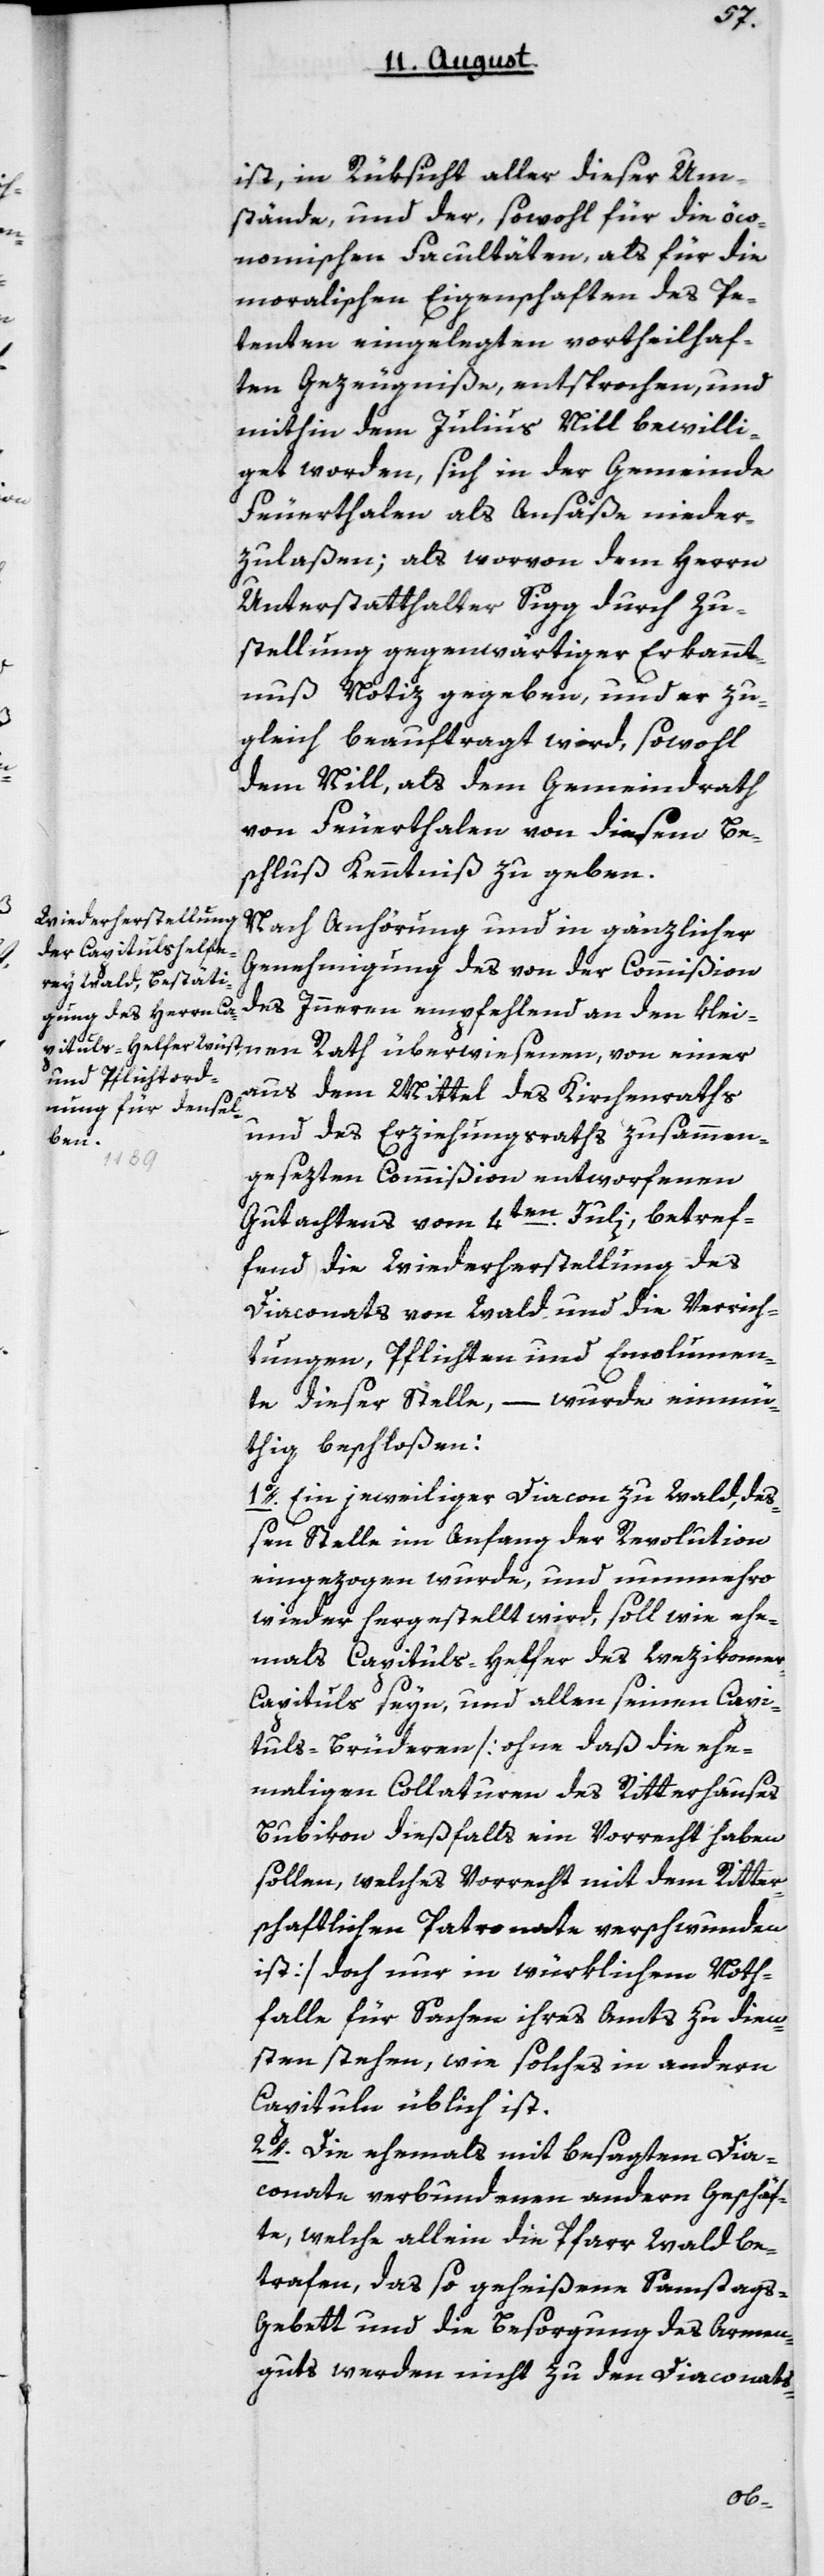
ist in Rüksicht aller dieser Um¬
stände und der, sowohl für die öco¬
nomischen Facultäten, als für die
moralischen Eigenschaften des Pe¬
tenten eingelegten vortheilhaf¬
ten Gezeugniße, entsprechen, und
mithin dem Julius Nill bewilli¬
get worden, sich in der Gemeinde
Feuerthalen als Ansäße nieder¬
zulaßen, als worvon dem Herrn
Unterstatthalter Sigg durch Zu¬
stellung gegenwärtiger Erkannt¬
nuß Notiz gegeben, und er zu¬
gleich beauftragt wird, sowohl
dem Nill, als dem Gemeindrath
von Feuerthalen von diesem Be¬
schluß Kenntniß zu geben.
Nach Anhörung und in gänzlicher
Genehmigung des von der Commißion
des Innern empfehlend an den Klei¬
aus dem Mittel des Kirchenraths
und des Erziehungsraths zusammen¬
nen
gesezten Commißion entworfenen
Gutachtens vom 4ten Julii, betref¬
fend die Wiederherstellung des
Diaconats von Wald und die Verrich¬
tungen, Pflichten und Emolumen¬
te dieser Stelle, – wurde einmü¬
thig beschloßen:
1o. Ein jeweiliger Diacon zu Wald, de¬
ßen Stelle im Anfang der Revolution
eingezogen wurde, und nunmehro
wieder hergestellt wird, soll wie ehe¬
mals Capituls-Helfer des Wezikome¬
r-Capituls seyn, und allen seinen Capi¬
tuls-Brüderen [ohne daß die ehe¬
maligen Collaturen des Ritterhauses
Bubikon dießfalls ein Vorrecht haben
sollen, welches Vorrecht mit dem Ritter¬
schaftlichen Patronate verschwunden
ist] doch nur in würklichem Noth¬
falle für Sachen ihres Amts zu Dien¬
sten stehen, wie solches in andern
Capituln üblich ist.
2o. Die ehemals mit besagtem Dia¬
conate verbundenen andern Geschäf¬
te, welche allein die Pfarr Wald be¬
trafen, das so geheißene Samstags¬
gebet und die Besorgung des Armen¬
guts werden nicht zu den Diaconats-